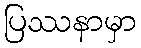
ပြဿနာမှာ